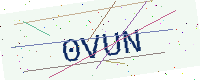
Text: 0VUN